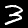
Label: 3